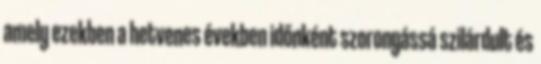
amely ezekben a hetvenes években időnként szorongássá szilárdult és